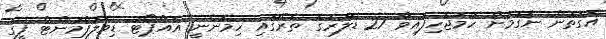
އެގޮތުން ނެގުމަށް ހަމަޖެހިފައިވާ 27 ޑޮލަރުގެ ތެރޭގައި ހިމެނެނީ އެއާޕޯޓު ޑިވެލޮޕްމަންޓް ފީގެ